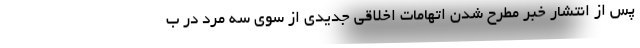
پس از انتشار خبر مطرح شدن اتهامات اخلاقی جدیدی از سوی سه مرد در ب